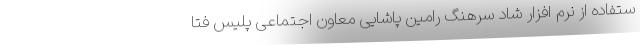
ستفاده از نرم افزار شاد سرهنگ رامین پاشایی معاون اجتماعی پلیس فتا